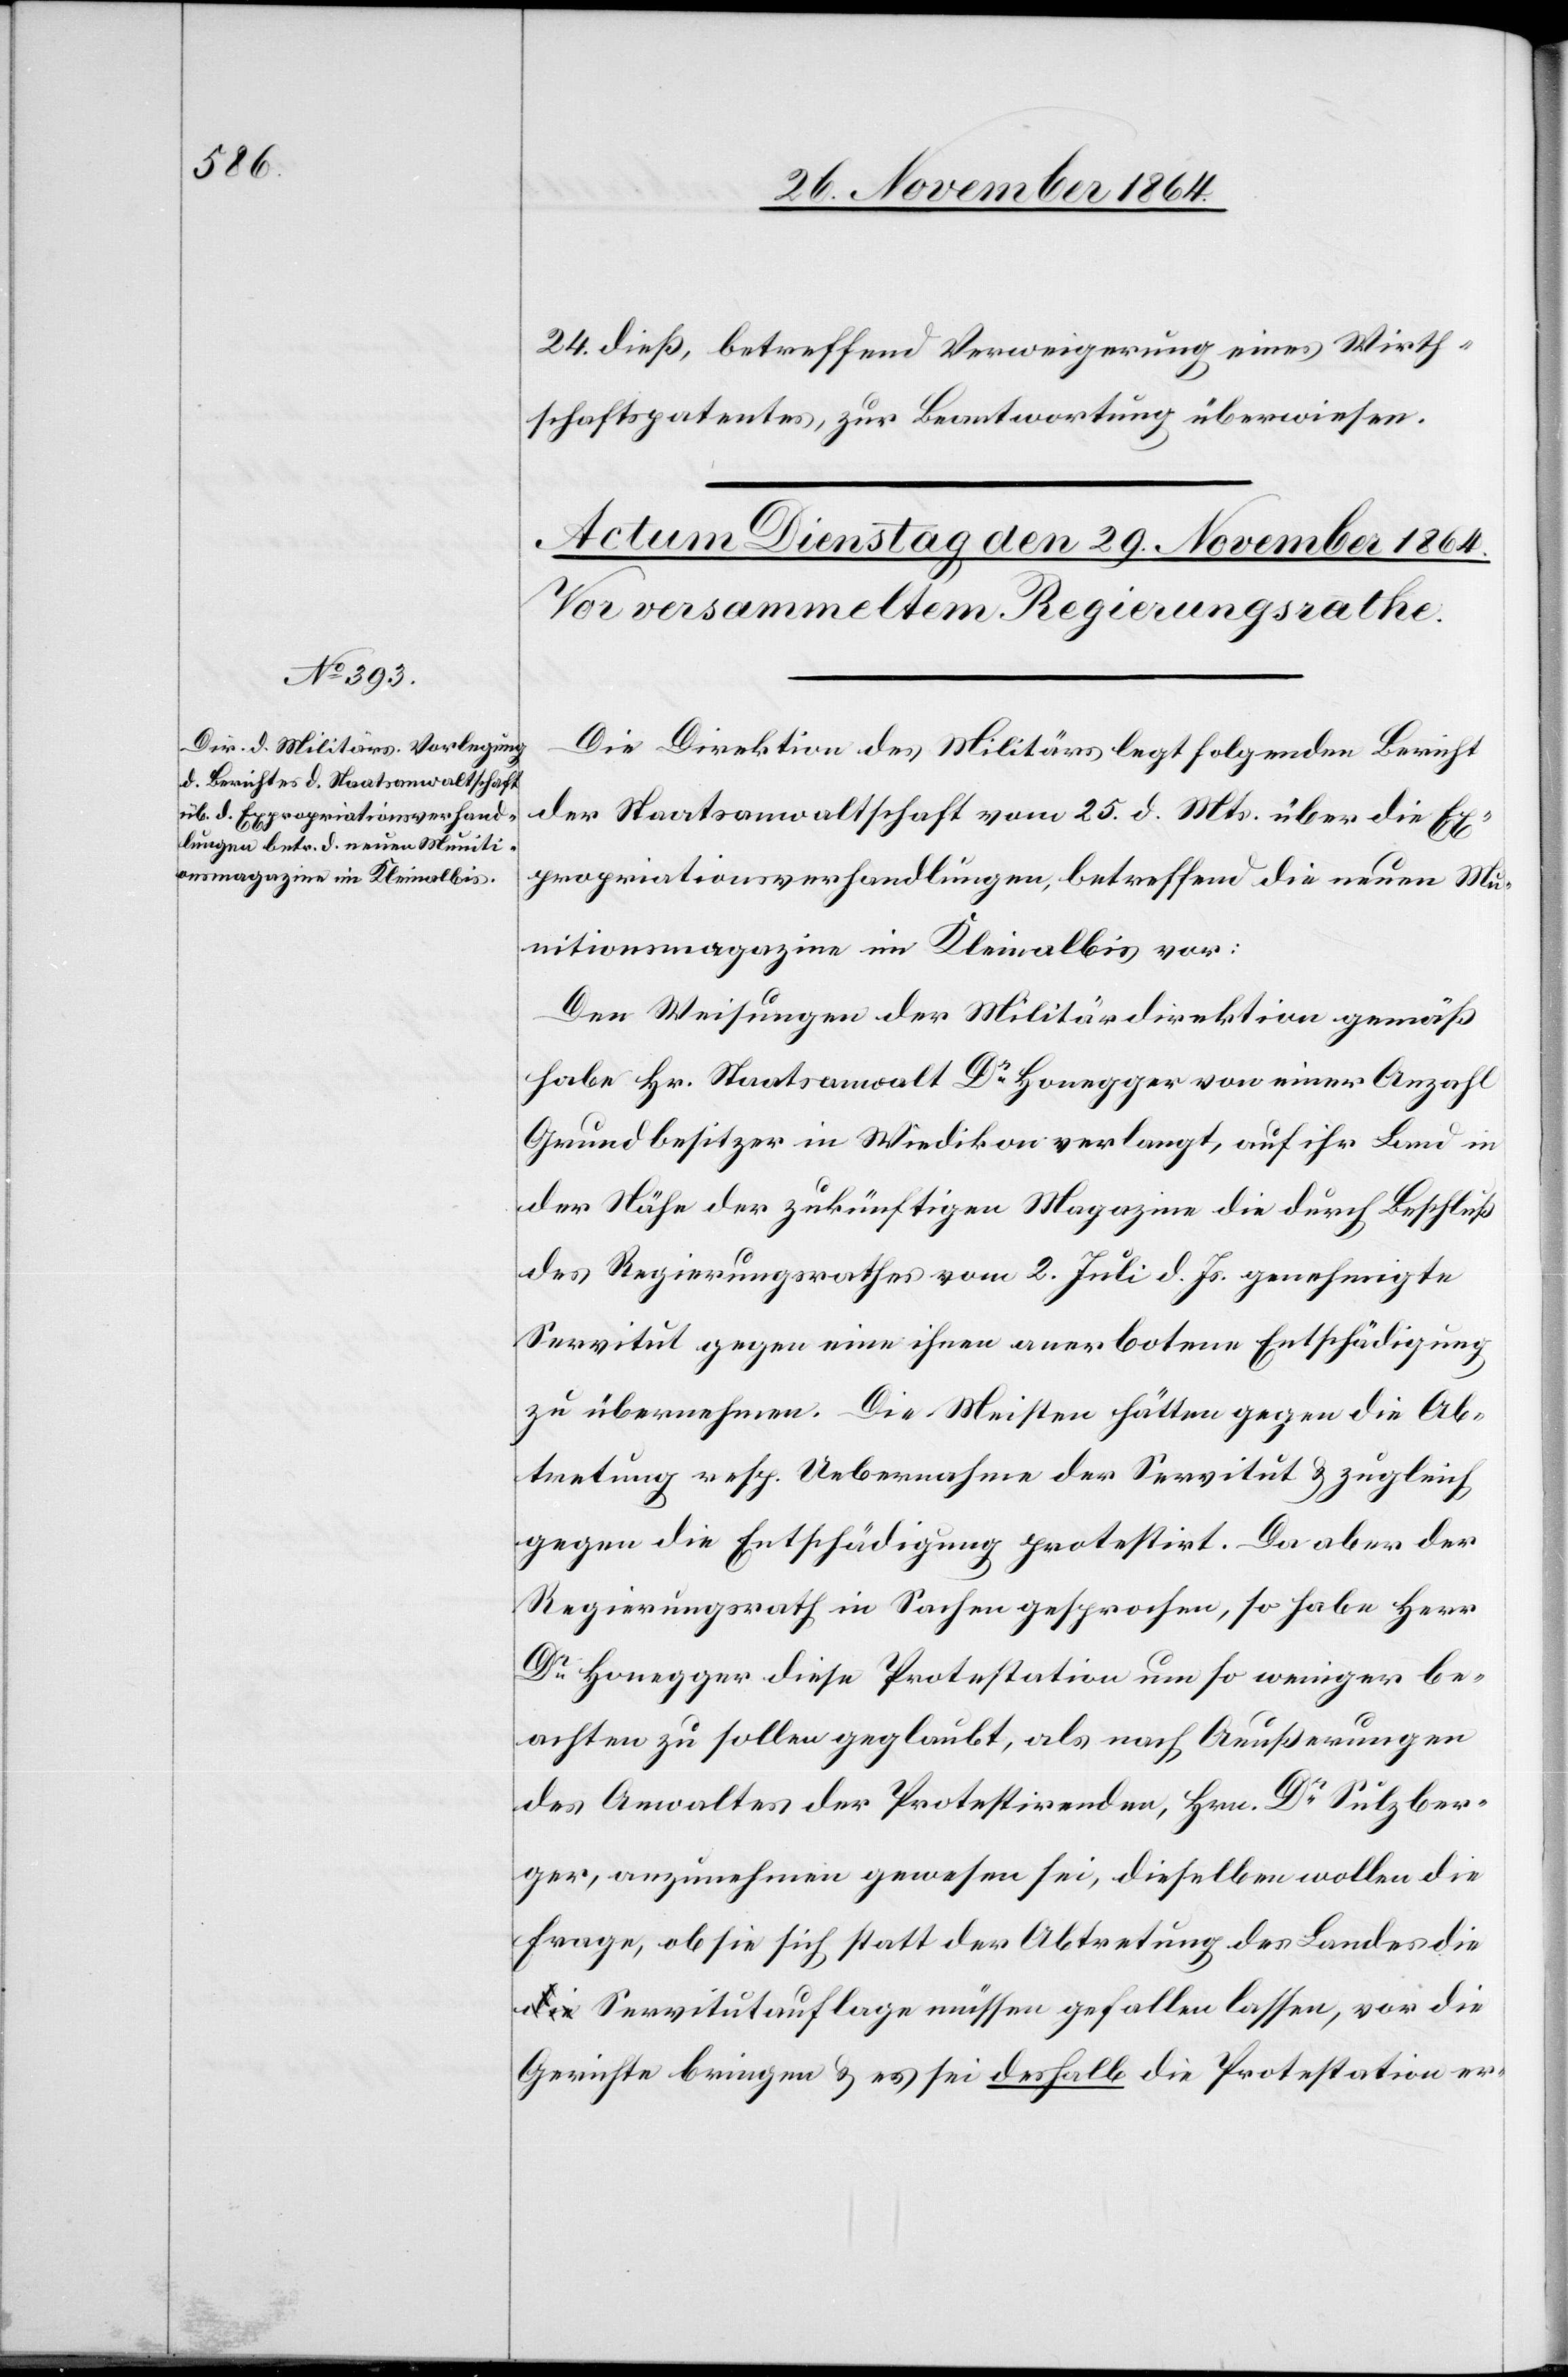
24. dieß, betreffend Verweigerung eines Wirth¬
schaftspatentes, zur Beantwortung überwiesen.
Die Direktion des Militärs legt folgenden Bericht
der Staatsanwaltschaft vom 25. d. Mts. über die Ex¬
propriationsverhandlungen, betreffend die neuen Mu¬
nitionsmagazine im Kleinalbis vor:
Den Weisungen der Militärdirektion gemäß
habe Hr. Staatsanwalt Dr Honegger von einer Anzahl
Grundbesitzer in Wiedikon verlangt, auf ihr Land in
der Nähe der zukünftigen Magazine die durch Beschluß
des Regierungsrathes vom 2. Juli d. Js. genehmigte
Servitut gegen einen ihnen anerbotene Entschädigung
zu übernehmen. Die Meisten hätten gegen die Ab¬
tretung resp. Uebernahme der Servitut & zugleich
gegen die Entschädigung protestirt. Da aber der
Regierungsrath in Sachen gesprochen, so habe Herr
Dr Honegger diese Protestation um so weniger be¬
achten zu sollen geglaubt, als nach Aeußerungen
des Anwaltes der Protestirenden, Hrn. Dr Sulzber¬
ger, anzunehmen gewesen sei, dieselben wollen die
Frage, ob sie sich statt der Abtretung des Landes di¬
e Servitutauflage müssen gefallen lassen, vor die
Gerichte bringen & es sei deshalb die Protestation er-